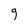
Character: g